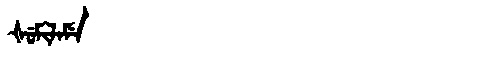
Manchu: ᡧᡠᠮᡳᠯᠠᠮᡝ
Romanization: ŠUMILAME